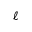
\ell